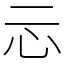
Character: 忈